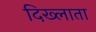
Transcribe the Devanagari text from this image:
दिख्लाता